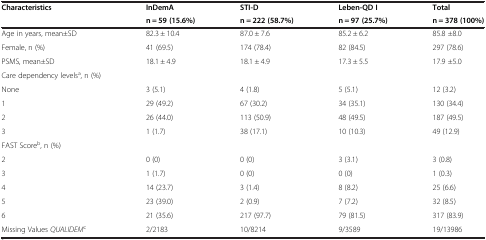
| <ROWSPAN=2> Characteristics | InDemA | STI-D | Leben-QD I | Total |
 | n = 59 (15.6%) | n = 222 (58.7%) | n = 97 (25.7%) | n = 378 (100%) |
 | --- | --- | --- | --- | --- |
 | Age in years, mean±SD | 82.3 ± 10.4 | 87.0 ± 7.6 | 85.2 ± 6.2 | 85.8 ±8.0 |
 | Female, n (%) | 41 (69.5) | 174 (78.4) | 82 (84.5) | 297 (78.6) |
 | PSMS, mean±SD | 18.1 ± 4.9 | 18.1 ± 4.9 | 17.3 ± 5.5 | 17.9 ±5.0 |
 | Care dependency levelsa, n (%) |  |  |  |  |
 | None | 3 (5.1) | 4 (1.8) | 5 (5.1) | 12 (3.2) |
 | 1 | 29 (49.2) | 67 (30.2) | 34 (35.1) | 130 (34.4) |
 | 2 | 26 (44.0) | 113 (50.9) | 48 (49.5) | 187 (49.5) |
 | 3 | 1 (1.7) | 38 (17.1) | 10 (10.3) | 49 (12.9) |
 | FAST Scoreb, n (%) |  |  |  |  |
 | 2 | 0 (0) | 0 (0) | 3 (3.1) | 3 (0.8) |
 | 3 | 1 (1.7) | 0 (0) | 0 (0) | 1 (0.3) |
 | 4 | 14 (23.7) | 3 (1.4) | 8 (8.2) | 25 (6.6) |
 | 5 | 23 (39.0) | 2 (0.9) | 7 (7.2) | 32 (8.5) |
 | 6 | 21 (35.6) | 217 (97.7) | 79 (81.5) | 317 (83.9) |
 | Missing Values QUALIDEMc | 2/2183 | 10/8214 | 9/3589 | 19/13986 |